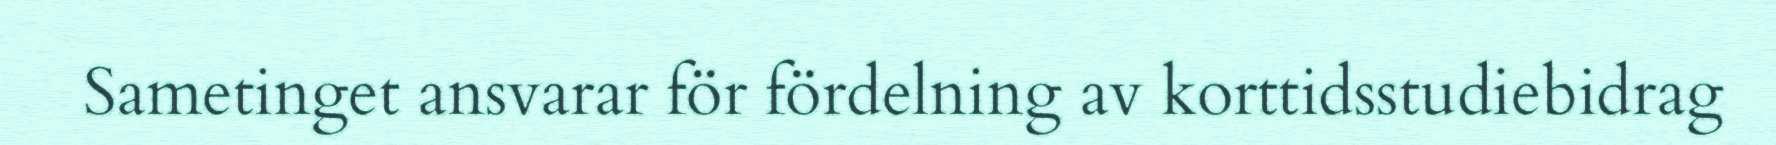
Sametinget ansvarar för fördelning av korttidsstudiebidrag